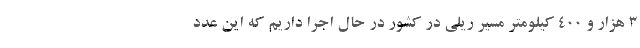
۳ هزار و ۴۰۰ کیلومتر مسیر ریلی در کشور در حال اجرا داریم که این عدد